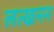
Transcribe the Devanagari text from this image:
लत्खनन